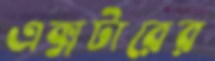
এক্সটারের